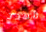
مهدد